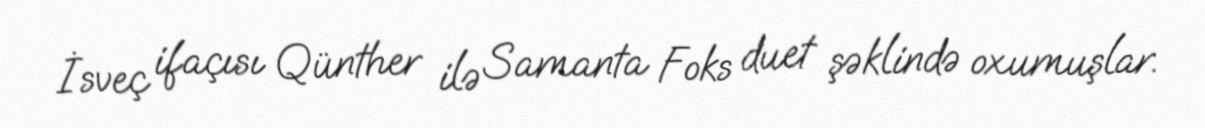
İsveç ifaçısı Qünther ilə Samanta Foks duet şəklində oxumuşlar.